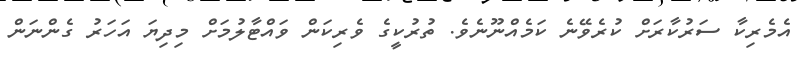
އެމެރިކާ ސަރުކާރަށް ކުރެވޭނެ ކަމެއްނޫނެވެ. ތުރުކީގެ ވެރިކަން ވައްޓާލުމަށް މިދިޔަ އަހަރު ގެންނަން